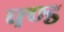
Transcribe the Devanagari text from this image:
फ्ण्ड